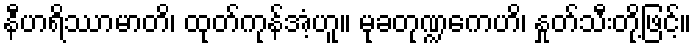
နီဟရိဿာမာတိ၊ ထုတ်ကုန်အံ့ဟူ။ မုခတုဏ္ဍကေဟိ၊ နှုတ်သီးတို့ဖြင့်။